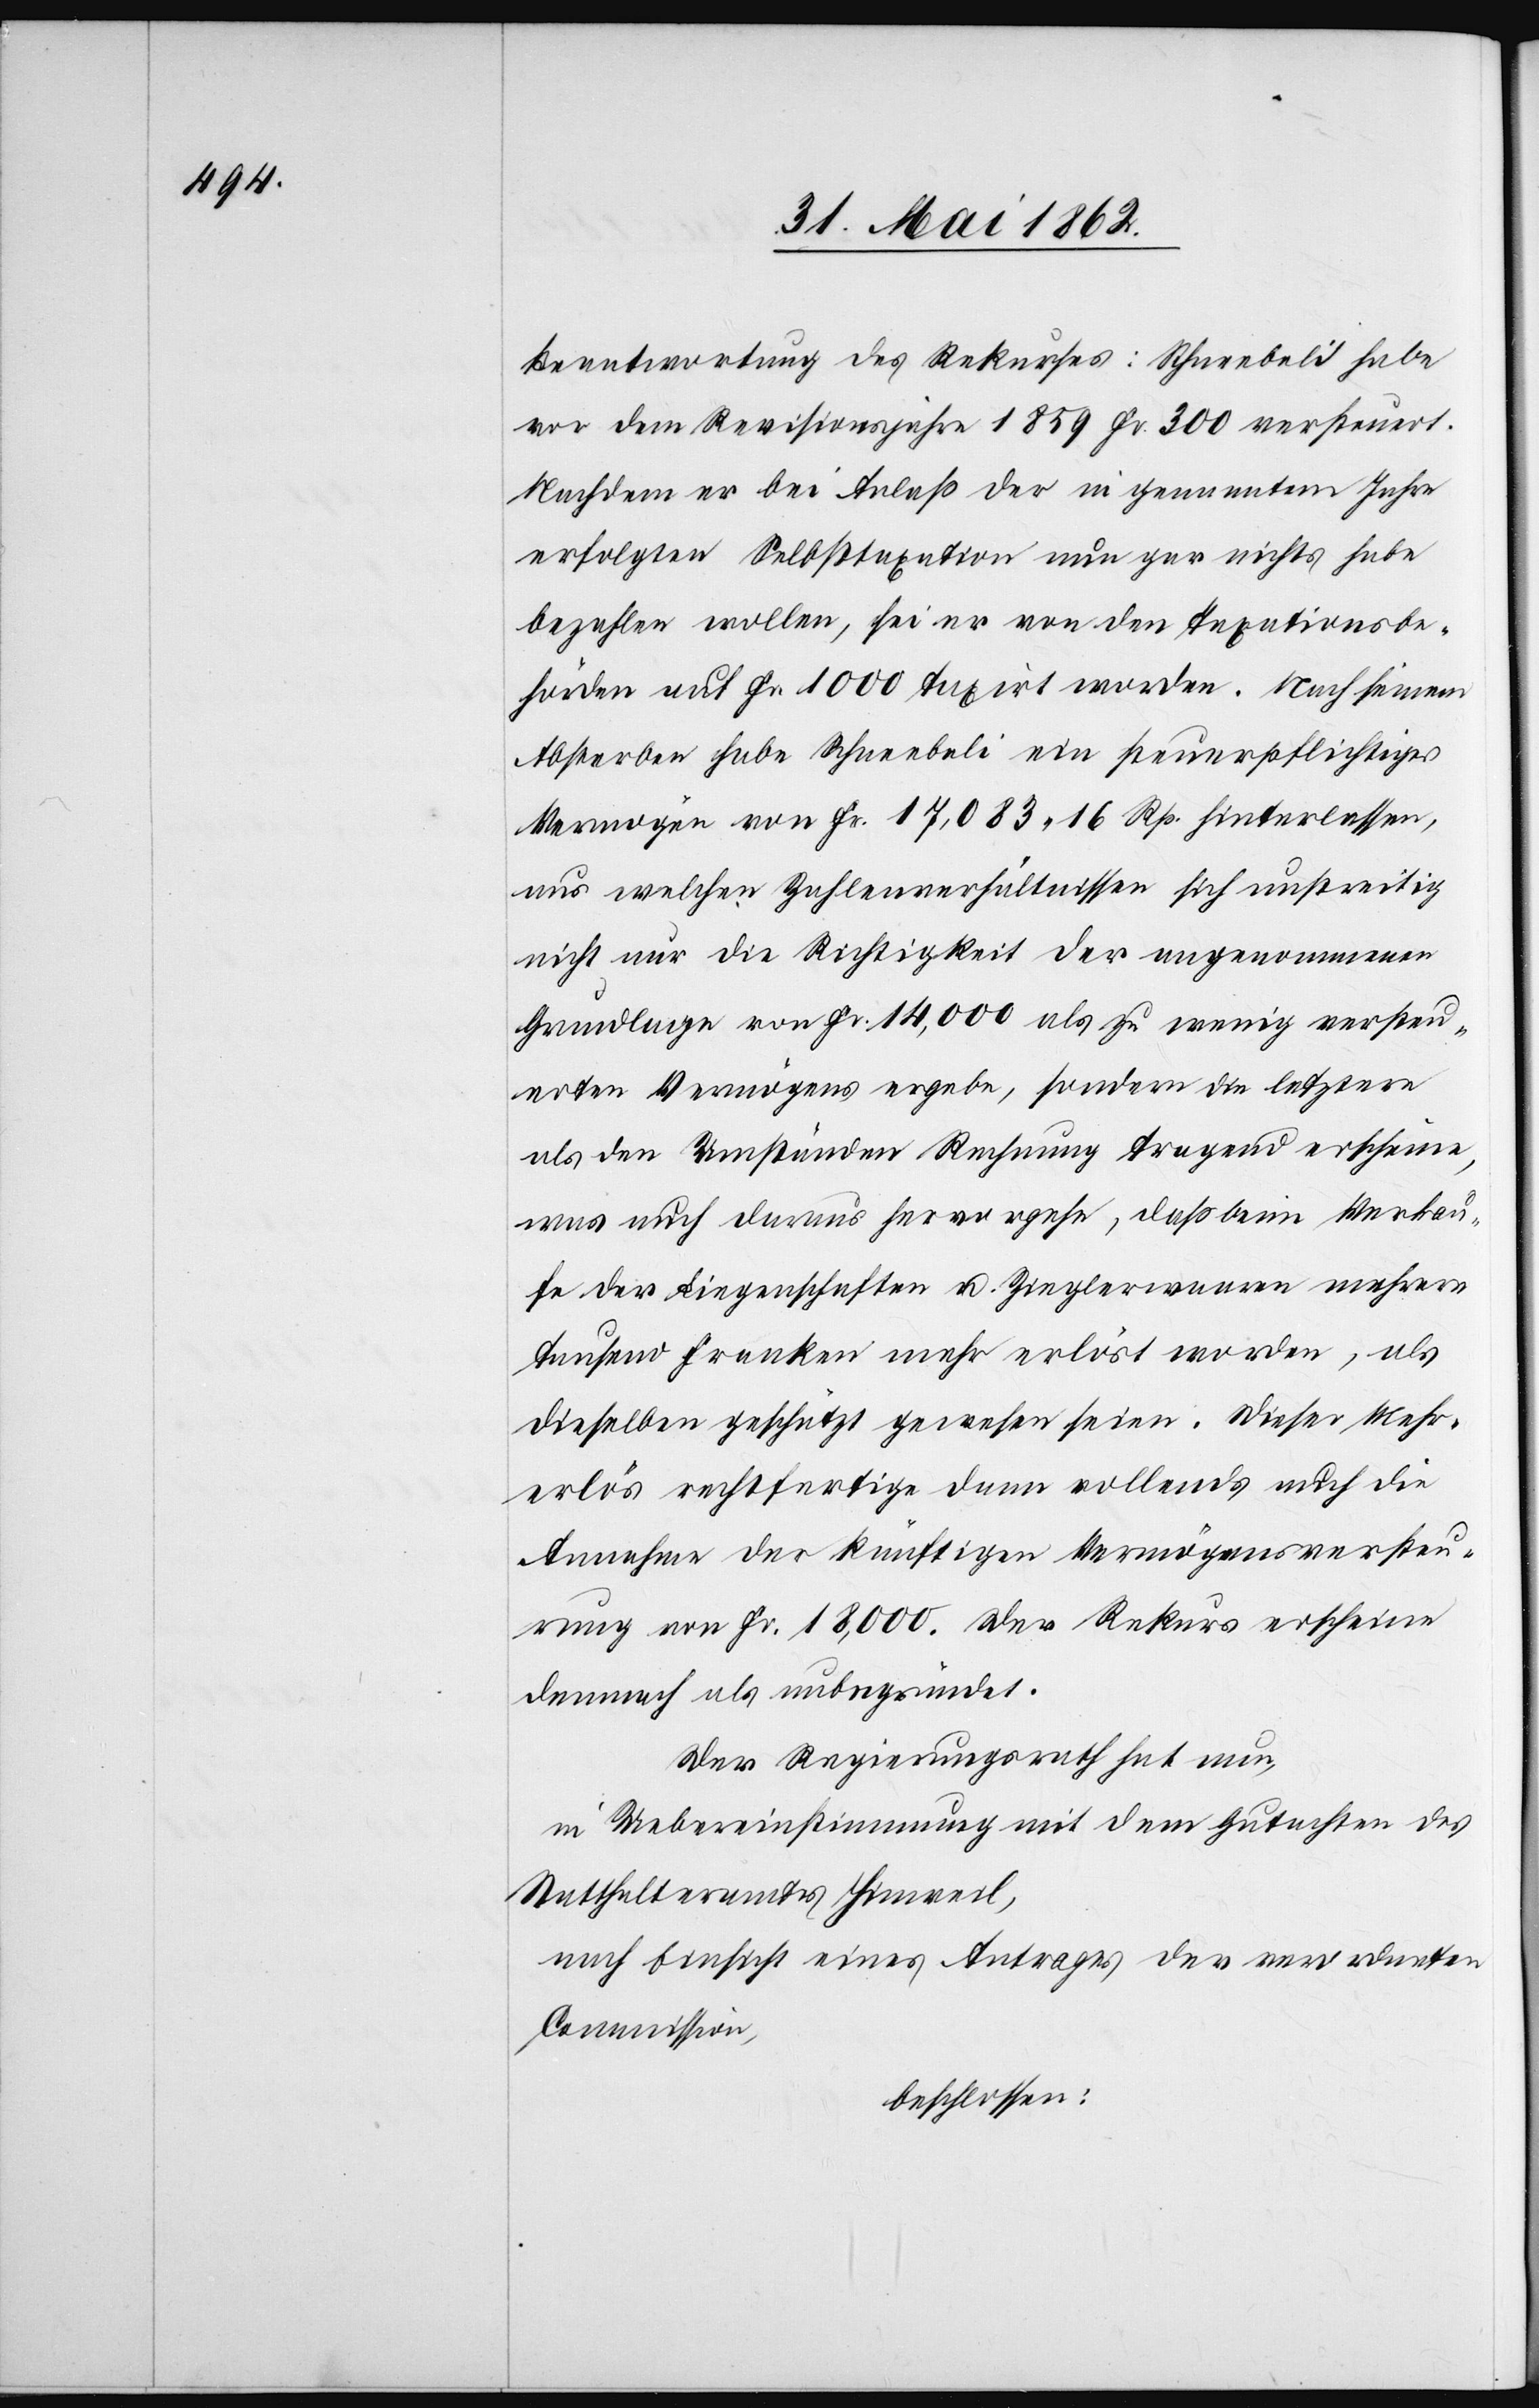
Beantwortung des Rekurses: Schneebeli habe
vor dem Revisionsjahre 1859 Fr. 300 versteuert.
Nachdem er bei Anlaß der in genanntem Jahre
erfolgten Selbsttaxation nun gar nichts habe
bezahlen wollen, sei er von den Taxationsbe¬
hörden auf Fr. 1000 taxirt worden. Nach seinem
Absterben habe Schneebeli ein steuerpflichtiges
Vermögen von Fr. 17,083 16 Rp. hinterlassen,
aus welchen Zahlenverhältnisse sich unstreitig
nicht nur die Richtigkeit der angenommenen
Grundlage von Fr. 14,000 als zu wenig versteu¬
erten Vermögens ergebe, sondern die letztere
als den Umständen Rechnung tragend erscheine,
was auch daraus hervorgehe, daß beim Verkau¬
fe der Liegenschaften u. Zieglerwaaren mehrere
tausend Franken mehr erlöst worden, als
dieselben geschützt gewesen seien. Dieser Mehr¬
erlös rechtfertige dann vollends auch die
Annahme der künftigen Vermögensversteu¬
rung von Fr. 18,000. Der Rekurs erscheine
demnach als unbegründet.
Der Regierungsrath hat nun,
in Uebereinstimmung mit dem Gutachten des
Statthalteramtes Hinweil,
nach Einsicht eines Antrages der verordneten
Commission,
beschlossen: